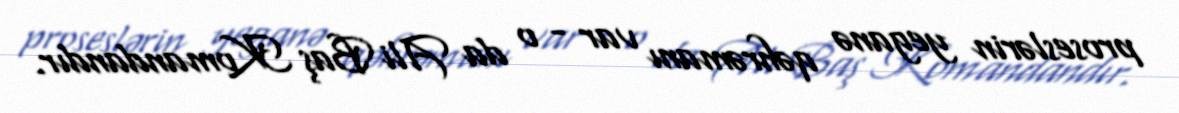
proseslərin yeganə qəhrəmanı var - o da Ali Baş Komandandır.